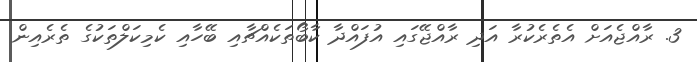
3. ރާއްޖެއަށް އެތެރެކުރާ އަދި ރާއްޖޭގައި އުފައްދާ ކާބޯތަކެއްޗާއި ބޭހާއި ކެމިކަލްތަކުގެ ތެރެއިން